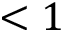
< 1